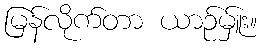
မြန်လိုက်တာ ယာဉ်မ်ှူး။